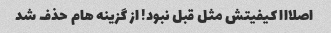
اصلااا کیفیتش مثل قبل نبود! از گزینه هام حذف شد